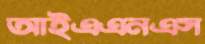
আইএএনএস